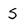
Character: S